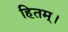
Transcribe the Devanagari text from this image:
हितम्।